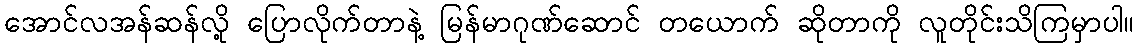
အောင်လအန်ဆန်လို့ ပြောလိုက်တာနဲ့ မြန်မာဂုဏ်ဆောင် တယောက် ဆိုတာကို လူတိုင်းသိကြမှာပါ။